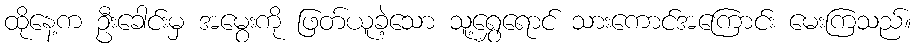
ထိုနေ့က ဦးခေါင်းမှ အမွေးကို ဖြတ်ယူခဲ့သော သူ့ရွှေရောင် သားကောင်အကြောင်း မေးကြသည်။